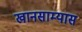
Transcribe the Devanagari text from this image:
खानसाम्यास